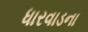
ધારવાડના